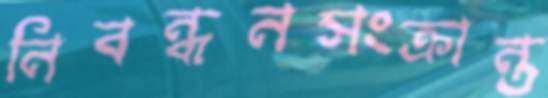
নিবন্ধনসংক্রান্ত